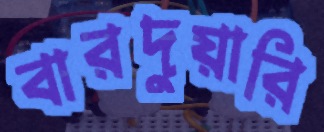
বারদুয়ারি